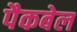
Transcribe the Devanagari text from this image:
पैकबेल